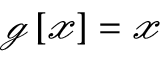
\boldsymbol { \mathscr { g } } \left[ \mathcal { x } \right] = \boldsymbol { \mathscr { x } }